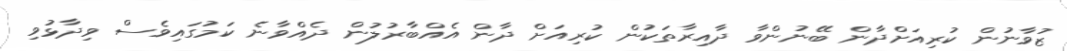
ޒުވާނުން ކުރިއަށްދާން ބޭނުންވާ ދާއިރާތަކުން ކުރިއަށް ދާން އެއްބާރުލުން ދެއްވާނެ ކަމުގައިވެސް ވިދާޅުވި